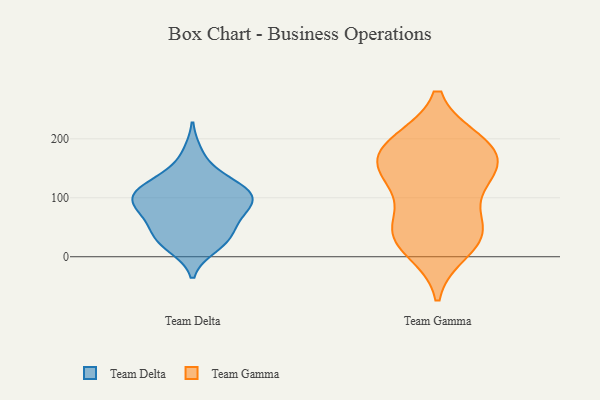
{"axis": {"x": "Churn Rate (%)", "y": "Value"}, "legend": ["Team Delta", "Team Gamma"], "data": [{"x": "", "y": 114, "type": "Team Delta"}, {"x": "", "y": 92, "type": "Team Delta"}, {"x": "", "y": 135, "type": "Team Delta"}, {"x": "", "y": 16, "type": "Team Delta"}, {"x": "", "y": 22, "type": "Team Delta"}, {"x": "", "y": 110, "type": "Team Delta"}, {"x": "", "y": 84, "type": "Team Delta"}, {"x": "", "y": 32, "type": "Team Delta"}, {"x": "", "y": 66, "type": "Team Delta"}, {"x": "", "y": 49, "type": "Team Delta"}, {"x": "", "y": 95, "type": "Team Delta"}, {"x": "", "y": 109, "type": "Team Delta"}, {"x": "", "y": 134, "type": "Team Delta"}, {"x": "", "y": 64, "type": "Team Delta"}, {"x": "", "y": 106, "type": "Team Delta"}, {"x": "", "y": 176, "type": "Team Delta"}, {"x": "", "y": 32, "type": "Team Delta"}, {"x": "", "y": 90, "type": "Team Delta"}, {"x": "", "y": 138, "type": "Team Gamma"}, {"x": "", "y": 46, "type": "Team Gamma"}, {"x": "", "y": 125, "type": "Team Gamma"}, {"x": "", "y": 139, "type": "Team Gamma"}, {"x": "", "y": 152, "type": "Team Gamma"}, {"x": "", "y": 180, "type": "Team Gamma"}, {"x": "", "y": 33, "type": "Team Gamma"}, {"x": "", "y": 12, "type": "Team Gamma"}, {"x": "", "y": 194, "type": "Team Gamma"}, {"x": "", "y": 52, "type": "Team Gamma"}, {"x": "", "y": 185, "type": "Team Gamma"}, {"x": "", "y": 42, "type": "Team Gamma"}, {"x": "", "y": 192, "type": "Team Gamma"}]}